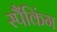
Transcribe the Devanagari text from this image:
स्पैंकिंग